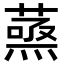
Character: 𮐹